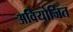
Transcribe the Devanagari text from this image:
अवियोजित